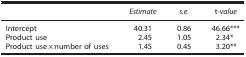
<table><thead><tr><td><b> </b></td><td><b><i>Estimate</i></b></td><td><b><i>s.e.</i></b></td><td><b>t<i>-value</i></b></td></tr></thead><tbody><tr><td>Intercept</td><td>40.31</td><td>0.86</td><td>46.66***</td></tr><tr><td>Product use</td><td>2.45</td><td>1.05</td><td>2.34*</td></tr><tr><td>Product use × number of uses</td><td>1.45</td><td>0.45</td><td>3.20**</td></tr></tbody></table>